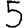
Digit: 5